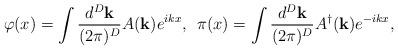
LaTeX: \begin{align*}\varphi(x)=\int \frac{d^D \mathbf{k}}{(2\pi)^D} A(\mathbf{k}) e^{ikx},\hspace{0.2cm}\pi(x)=\int \frac{d^D \mathbf{k}}{(2\pi)^D} A^\dagger(\mathbf{k}) e^{-ikx},\end{align*}